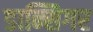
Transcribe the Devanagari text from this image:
डान्सिगर